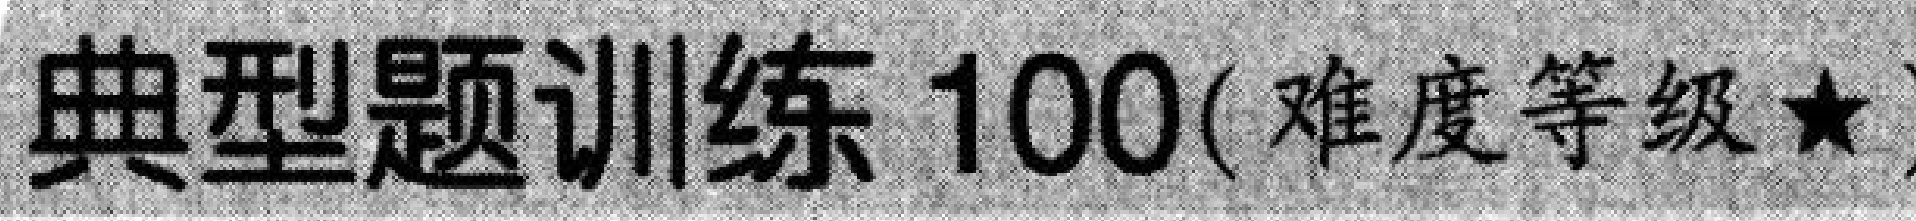
典型题训练 100(难度等级$\star$)